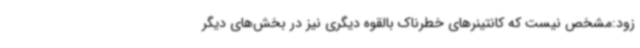
زود:مشخص نیست که کانتینرهای خطرناک بالقوه دیگری نیز در بخش‌های دیگر